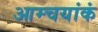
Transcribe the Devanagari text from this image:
आम्चयांकं